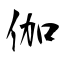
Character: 伽